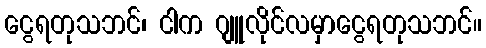
ငွေရတုသဘင်၊ ငါက ဂျူလိုင်လမှာငွေရတုသဘင်။